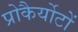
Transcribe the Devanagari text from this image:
प्रोकैर्योटों